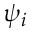
\psi _ { i }